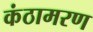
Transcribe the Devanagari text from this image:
कंठामरण